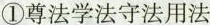
①尊法学法守法用法